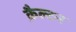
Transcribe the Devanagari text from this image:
क़ैल्टन